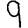
Digit: 9